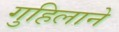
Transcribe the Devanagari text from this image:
गुहिलाने